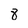
Character: 8